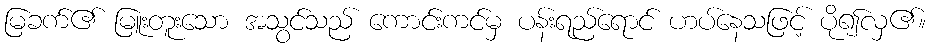
မြခက်၏ မြူးတူးသော အသွင်သည် ကောင်းကင်မှ ပန်းရည်ရောင် ဟပ်နေသဖြင့် ပို၍လှ၏။